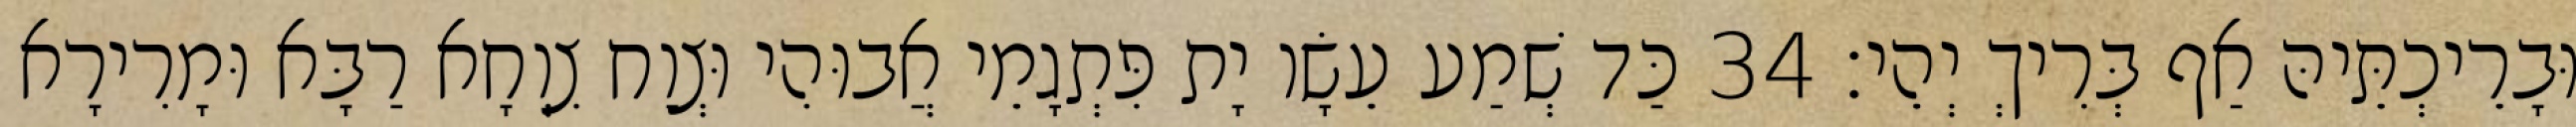
וּבָרֵיכְתֵּיהּ אַף בְּרִיךְ יְהֵי׃ 34 כַּד שְׁמַע עֵשָׂו יָת פִּתְגָמֵי אֲבוּהִי וּצְוַח צִוְחָא רַבָּא וּמָרִירָא